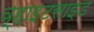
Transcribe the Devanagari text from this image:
व्हाइटसाइड